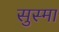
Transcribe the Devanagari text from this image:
सुस्मा